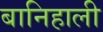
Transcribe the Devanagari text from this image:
बानिहाली